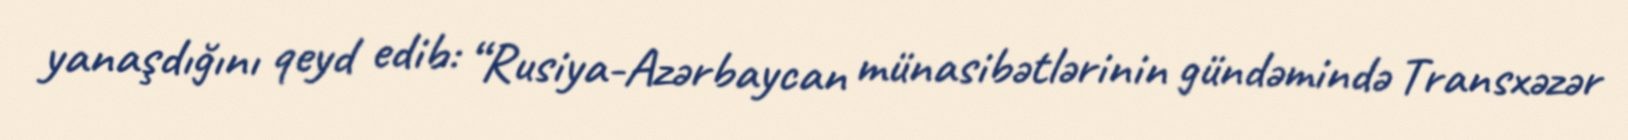
yanaşdığını qeyd edib: “Rusiya-Azərbaycan münasibətlərinin gündəmində Transxəzər